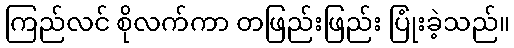
ကြည်လင် စိုလက်ကာ တဖြည်းဖြည်း ပြုံးခဲ့သည်။